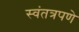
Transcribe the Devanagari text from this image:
स्वंतत्रपणे